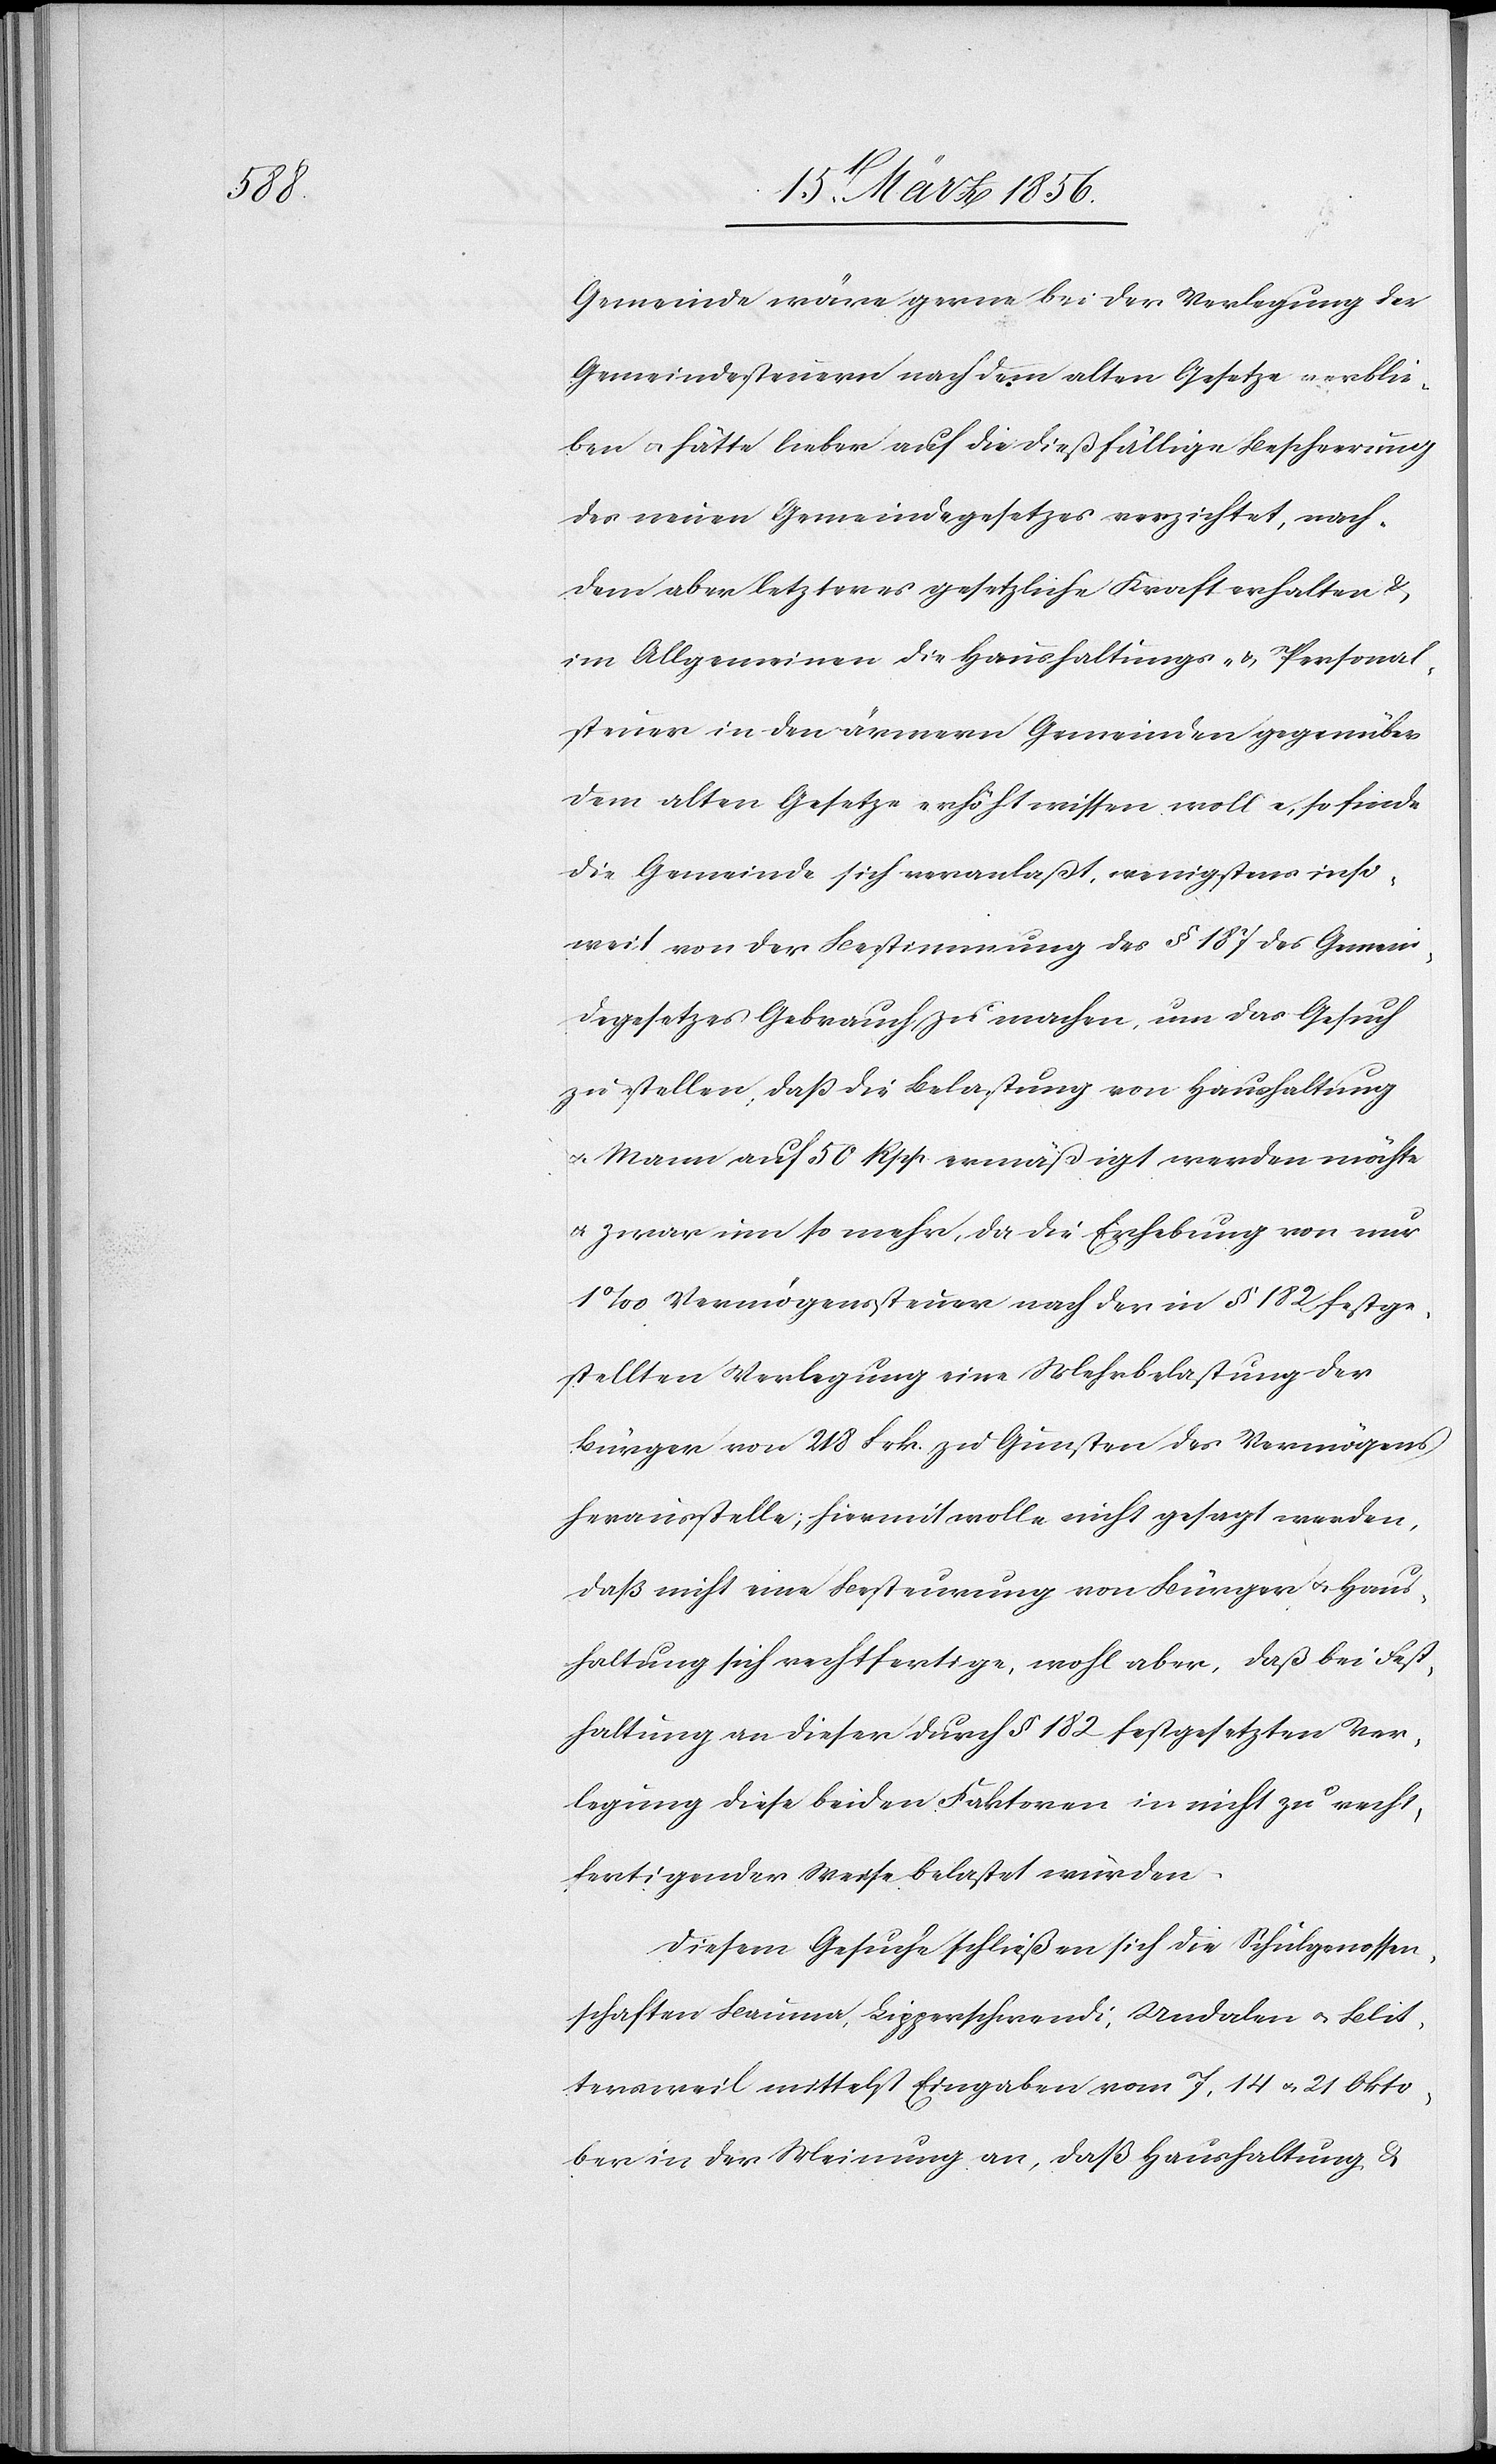
Gemeinde wäre gerne bei der Verlegung der
Gemeindesteuern nach dem alten Gesetze verblie¬
ben u. hätte lieber auf die dießfällige Bescheerung
des neuen Gemeindegesetzes verzichtet, nach¬
dem aber letzteres gesetzliche Kraft erhalten &
im Allgemeinen die Haushaltungs- & Personal¬
steuer in den ärmern Gemeinden gegenüber
dem alten Gesetze erhöht wissen wolle, so finde
die Gemeinde sich veranlaßt, wenigstens inso¬
weit von der Bestimmung des § 187 des Gemein¬
degesetzes Gebrauch zu machen, um das Gesuch
zu stellen, daß die Belastung von Haushaltung
u. Mann auf 50 Rpp. ermäßigt werden möchte
u. zwar um so mehr, da die Erhebung von nur
1‰ Vermögenssteuer nach der in § 182 festge¬
stellten Verlegung eine Mehrbelastung der
Bürger von 218 Frk. zu Gunsten des Vermögens
herausstelle; hiermit wolle nicht gesagt werden,
daß nicht eine Besteurung von Bürger u. Haus¬
haltung sich rechtfertige, wohl aber, daß bei Fest¬
haltung an dieser durch § 182 festgesetzten Ver¬
legung diese beiden Faktoren in nicht zu recht¬
fertigender Weise belastet würden.
Diesem Gesuche schließen sich die Schulgenossen¬
schaften Bauma, Lipperschwendi, Undalen u. Blit¬
tersweil mittelst Eingaben vom 7, 14 u. 21 Okto¬
ber in der Meinung an, daß Haushaltung &